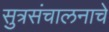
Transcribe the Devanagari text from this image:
सुत्रसंचालनाचे